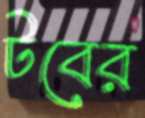
টবের